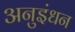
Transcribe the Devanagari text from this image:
अनुइंधन